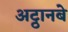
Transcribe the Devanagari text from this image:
अट्ठानबे